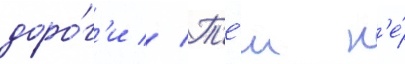
доро́г'и // Т'е́м н'е́